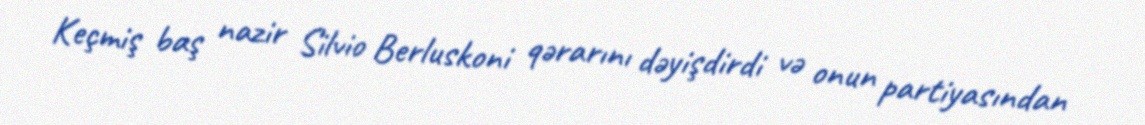
Keçmiş baş nazir Silvio Berluskoni qərarını dəyişdirdi və onun partiyasından